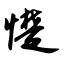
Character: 憷